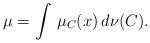
LaTeX: \begin{align*}\mu = \int \, \mu_C (x) \, d\nu(C).\end{align*}